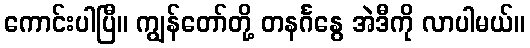
ကောင်းပါပြီ။ ကျွန်တော်တို့ တနင်္ဂနွေ အဲဒီကို လာပါမယ်။